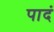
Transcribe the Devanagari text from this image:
पादं